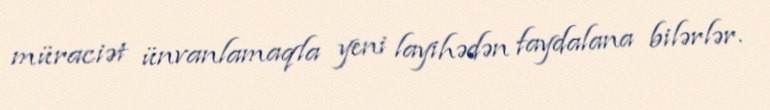
müraciət ünvanlamaqla yeni layihədən faydalana bilərlər.